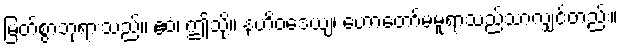
မြတ်စွာဘုရားသည်။ ဧဝံ၊ ဤသို့။ နဟိဝဒေယျ၊ ဟောတော်မမူရာသည်သာလျှင်တည်း။